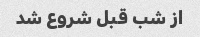
از شب قبل شروع شد